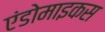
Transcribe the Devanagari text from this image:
एंडोमाइकस